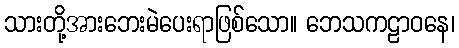
သားတို့အားဘေးမဲပေးရာဖြစ်သော။ ဘေသကဠာဝနေ၊